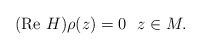
LaTeX: \begin{align*} (\hbox{Re }H)\rho(z) = 0~~z\in M.\end{align*}